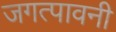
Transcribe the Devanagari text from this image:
जगत्पावनी